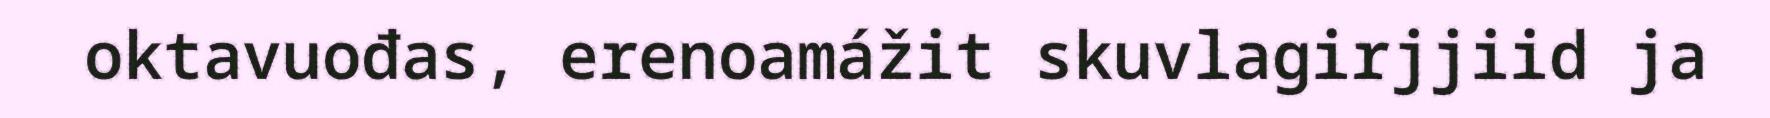
oktavuođas, erenoamážit skuvlagirjjiid ja